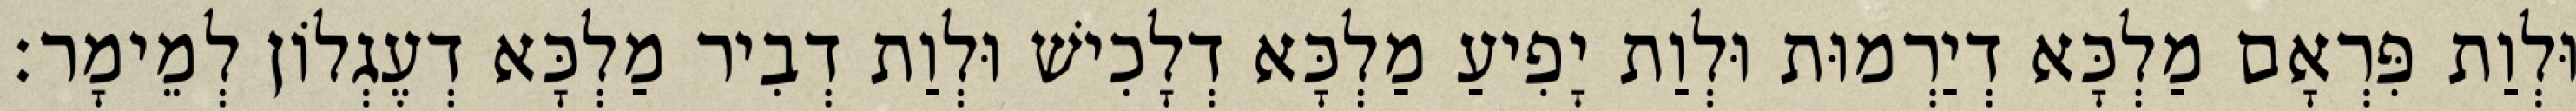
וּלְוַת פִּרְאָם מַלְכָּא דְיַרְמוּת וּלְוַת יָפִיעַ מַלְכָּא דְלָכִישׁ וּלְוַת דְבִיר מַלְכָּא דְעֶגְלוֹן לְמֵימָר׃